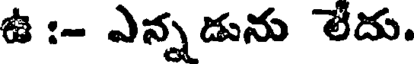
ఉ :- ఎన్నడును లేదు.